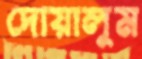
দোয়ালুম